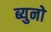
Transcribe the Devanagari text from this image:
ब्युनो